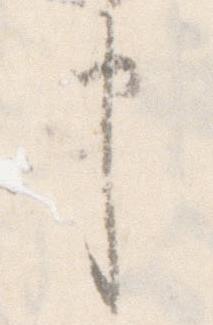
申